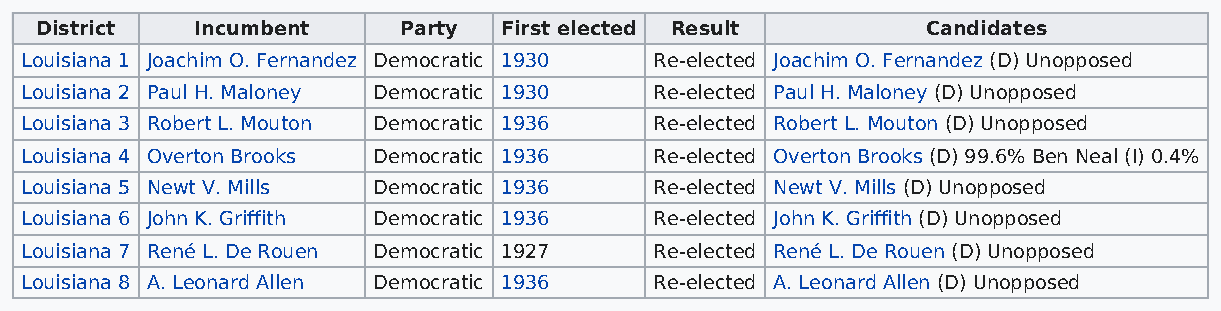
District   Incumbent    Party  First elected Result        Candidates
 Louisiana 1 Joachim O. Fernandez Democratic 1930 Re-elected Joachim O. Fernandez (D) Unopposed
 Louisiana 2 Paul H. Maloney Democratic 1930 Re-elected Paul H. Maloney (D) Unopposed
 Louisiana 3 Robert L. Mouton Democratic 1936 Re-elected Robert L. Mouton (D) Unopposed
 Louisiana 4 Overton Brooks Democratic 1936 Re-elected Overton Brooks (D) 99.6% Ben Neal (I) 0.4%
 Louisiana 5 Newt V. Mills Democratic 1936 Re-elected Newt V. Mills (D) Unopposed
 Louisiana 6 John K. Griffith Democratic 1936 Re-elected John K. Griffith (D) Unopposed
 Louisiana 7 René L. De Rouen Democratic 1927 Re-elected René L. De Rouen (D) Unopposed
 Louisiana 8 A. Leonard Allen Democratic 1936 Re-elected A. Leonard Allen (D) Unopposed